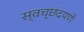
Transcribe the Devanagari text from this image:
स्वच्छंदपणे